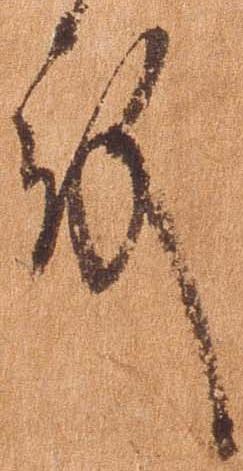
殿